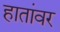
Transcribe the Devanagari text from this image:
हातांवर